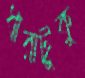
ধারাটুকু